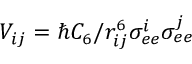
{ V } _ { i j } = \hbar C _ { 6 } / r _ { i j } ^ { 6 } { \sigma } _ { e e } ^ { i } { \sigma } _ { e e } ^ { j }